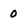
Character: 0